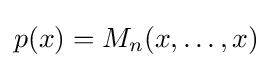
p(x)=M_{n}(x,\dots ,x)